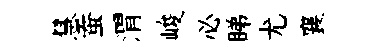
慧蚕渭峻必睇尤襄